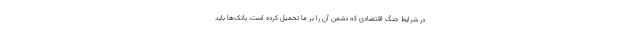
در شرایط جنگ اقتصادی که دشمن آن را بر ما تحمیل کرده است، بانک‌ها باید